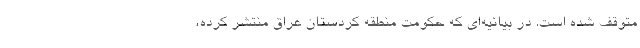
متوقف شده است. در بیانیه‌ای که حکومت منطقه کردستان عراق منتشر کرده،